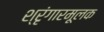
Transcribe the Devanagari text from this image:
श्रृंगारमूलक